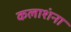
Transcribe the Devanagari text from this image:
कलाशंना